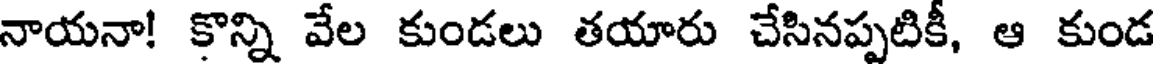
నాయనా! కొన్ని వేల కుండలు తయారు చేసినప్పటికీ, ఆ కుండ